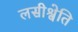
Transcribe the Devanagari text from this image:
लसीश्वेति